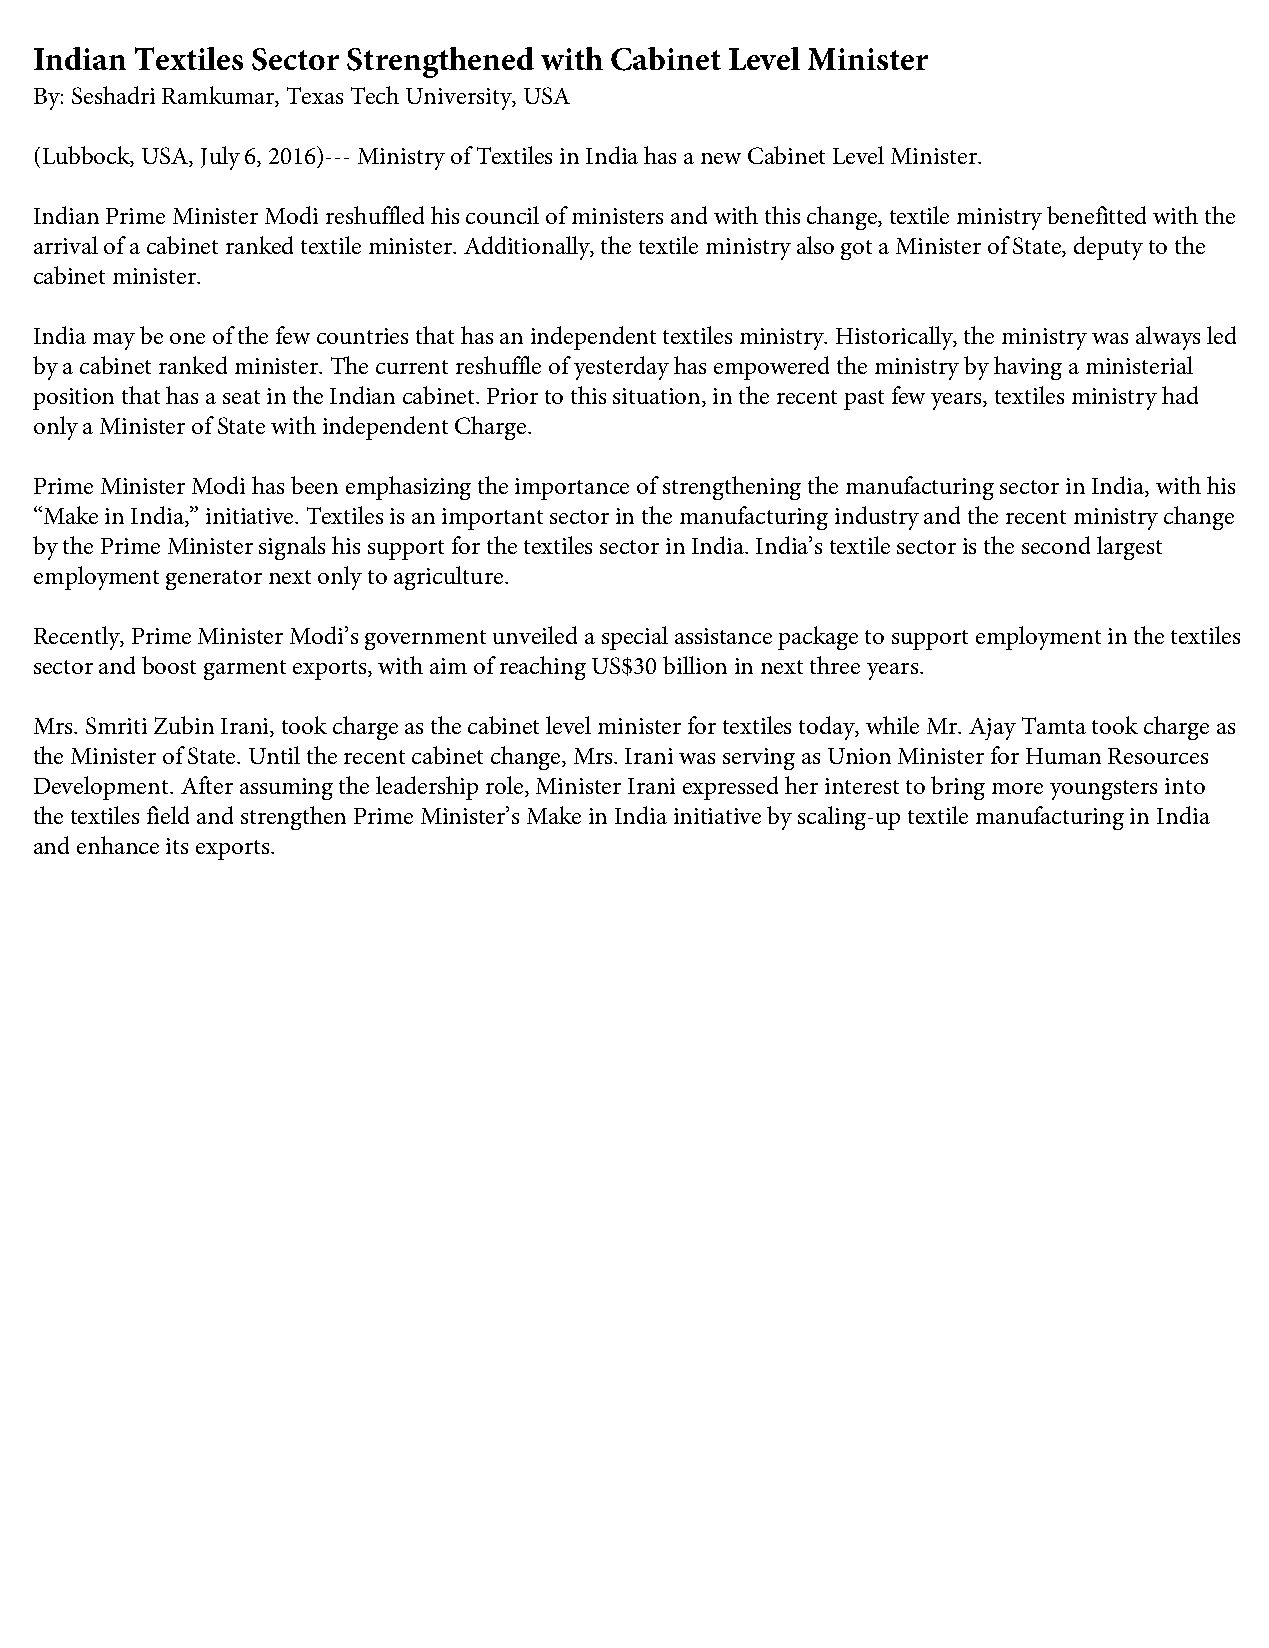
Indian Textiles Sector Strengthened with Cabinet Level Minister
 By: Seshadri Ramkumar, Texas Tech University, USA
 (Lubbock, USA, July 6, 2016)--- Ministry of Textiles in India has a new Cabinet Level Minister.
 Indian Prime Minister Modi reshuffled his council of ministers and with this change, textile ministry benefitted with the
 arrival of a cabinet ranked textile minister. Additionally, the textile ministry also got a Minister of State, deputy to the
 cabinet minister.
 India may be one of the few countries that has an independent textiles ministry. Historically, the ministry was always led
 by a cabinet ranked minister. The current reshuffle of yesterday has empowered the ministry by having a ministerial
 position that has a seat in the Indian cabinet. Prior to this situation, in the recent past few years, textiles ministry had
 only a Minister of State with independent Charge.
 Prime Minister Modi has been emphasizing the importance of strengthening the manufacturing sector in India, with his
 “Make in India,” initiative. Textiles is an important sector in the manufacturing industry and the recent ministry change
 by the Prime Minister signals his support for the textiles sector in India. India’s textile sector is the second largest
 employment generator next only to agriculture.
 Recently, Prime Minister Modi’s government unveiled a special assistance package to support employment in the textiles
 sector and boost garment exports, with aim of reaching US$30 billion in next three years.
 Mrs. Smriti Zubin Irani, took charge as the cabinet level minister for textiles today, while Mr. Ajay Tamta took charge as
 the Minister of State. Until the recent cabinet change, Mrs. Irani was serving as Union Minister for Human Resources
 Development. After assuming the leadership role, Minister Irani expressed her interest to bring more youngsters into
 the textiles field and strengthen Prime Minister’s Make in India initiative by scaling-up textile manufacturing in India
 and enhance its exports.